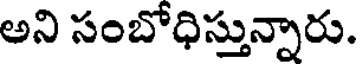
అని సంబోధిస్తున్నారు.